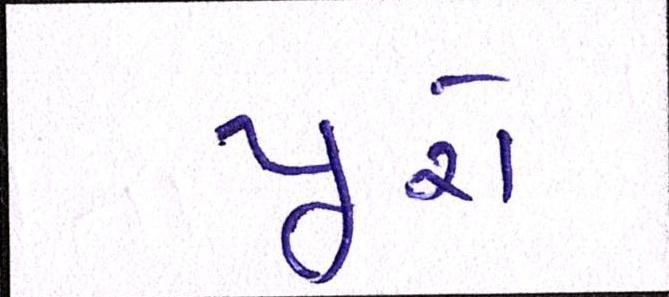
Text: પૂરો